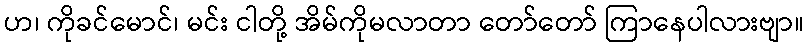
ဟ၊ ကိုခင်မောင်၊ မင်း ငါတို့ အိမ်ကိုမလာတာ တော်တော် ကြာနေပါလားဗျာ။